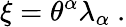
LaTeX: \xi=\theta^{\alpha}\lambda_{\alpha}\ .